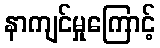
နာကျင်မှုကြောင့်